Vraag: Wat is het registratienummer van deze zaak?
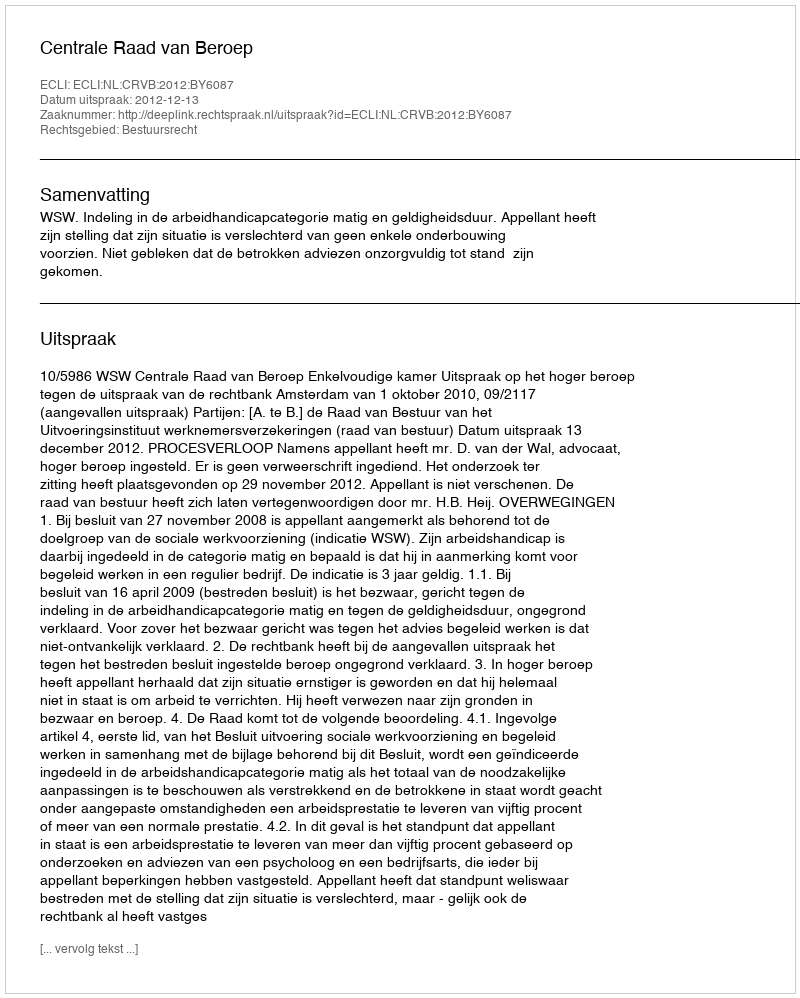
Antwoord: http://deeplink.rechtspraak.nl/uitspraak?id=ECLI:NL:CRVB:2012:BY6087